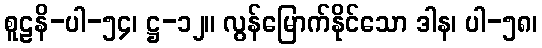
စူဠနိ-ပါ-၅၄၊ ဋ္ဌ-၁၂။ လွန်မြောက်နိုင်သော ဒါန၊ ပါ-၅၈၊